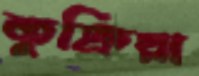
কুক্রিয়া